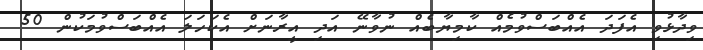
ވިދާޅުވި އެފަަދަ އެއްބަސްވުމެއް ކާމިޔާބެއް ނުވާނޭ އަދި އީރާނަށް އެކަހަލަ އެއްބަސްވުމަކުން 50